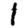
Digit: 1